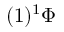
( 1 ) ^ { 1 } \Phi